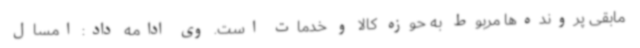
مابقی پرونده‌ها مربوط به حوزه کالا و خدمات است. وی ادامه داد: امسال